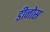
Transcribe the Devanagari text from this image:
डीनोस